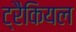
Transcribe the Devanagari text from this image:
ट्रैकियल